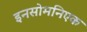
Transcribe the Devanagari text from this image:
इनसोमनिएक